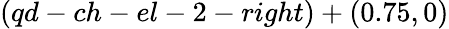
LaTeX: (qd-ch-el-2-right)+(0.75,0)